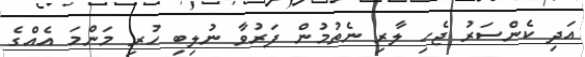
އަދި ކެންސަރު ޖެހި ލާރި ނެތުމުން ފަރުވާ ނުލިބި ހުރި މަންމަ އެއްގެ